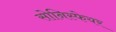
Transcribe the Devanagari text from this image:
सोनिस्फेयर